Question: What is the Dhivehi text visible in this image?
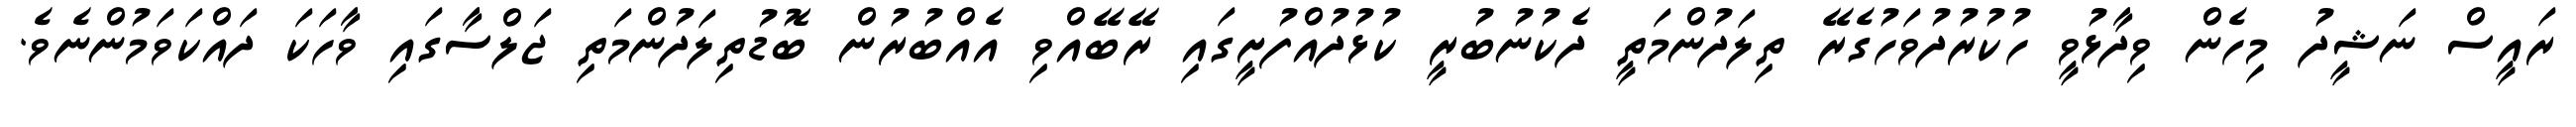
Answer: ރައީސް ނަޝީދު މިހެން ވިދާޅުވީ ހުކުރުދުވަހުގެރޭ ތިލަދުންމަތީ ދެކުނުބުރީ ކުޅުދުއްފުށީގައި ރޭބޭއްވި އެއްބުރުން ބޮޑުތިލަދުންމަތި ޖަލްސާގައި ވާހަކަ ދައްކަވަމުންނެވެ.